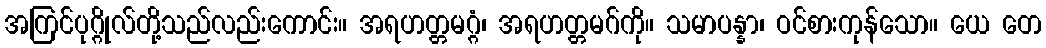
အကြင်ပုဂ္ဂိုလ်တို့သည်လည်းကောင်း။ အရဟတ္တမဂ္ဂံ၊ အရဟတ္တမဂ်ကို။ သမာပန္နာ၊ ဝင်စားကုန်သော။ ယေ တေ